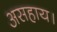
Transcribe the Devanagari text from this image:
असहाय।